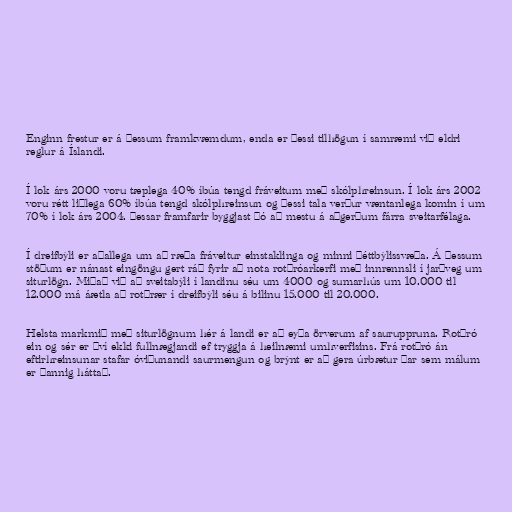
Enginn frestur er á þessum framkvæmdum, enda er þessi tilhögun í samræmi við eldri
reglur á Íslandi.

Í lok árs 2000 voru tæplega 40% íbúa tengd fráveitum með skólphreinsun. Í lok árs 2002
voru rétt liðlega 60% íbúa tengd skólphreinsun og þessi tala verður væntanlega komin í um
70% í lok árs 2004. Þessar framfarir byggjast þó að mestu á aðgerðum fárra sveitarfélaga.

Í dreifbýli er aðallega um að ræða fráveitur einstaklinga og minni þéttbýlissvæða. Á þessum
stöðum er nánast eingöngu gert ráð fyrir að nota rotþróarkerfi með innrennsli í jarðveg um
siturlögn. Miðað við að sveitabýli í landinu séu um 4000 og sumarhús um 10.000 til
12.000 má áætla að rotþrær í dreifbýli séu á bilinu 15.000 til 20.000.

Helsta markmið með siturlögnum hér á landi er að eyða örverum af sauruppruna. Rotþró
ein og sér er því ekki fullnægjandi ef tryggja á heilnæmi umhverfisins. Frá rotþró án
eftirhreinsunar stafar óviðunandi saurmengun og brýnt er að gera úrbætur þar sem málum
er þannig háttað.